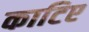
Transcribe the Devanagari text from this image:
काटिए